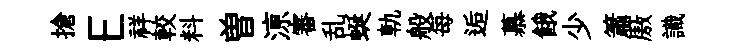
搶E祥較料曽鿌審乱蜒軌般每逅慕餓少簫厫識